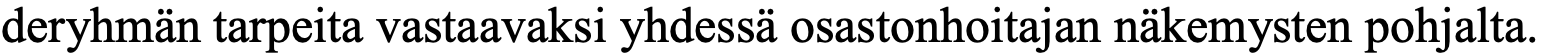
deryhmän tarpeita vastaavaksi yhdessä osastonhoitajan näkemysten pohjalta.